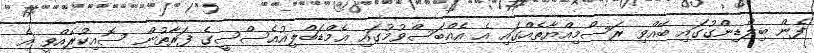
ފެން ބިލްޑިންގުގައި ބޭއްވި ރަސްމިއްޔާތެއްގައި އެ އެއްބަސްވުމުގައި އެމްޑަބްލިއުއެސްސީގެ ފަރާތުން ސޮއިކުރެއްވީ އެ